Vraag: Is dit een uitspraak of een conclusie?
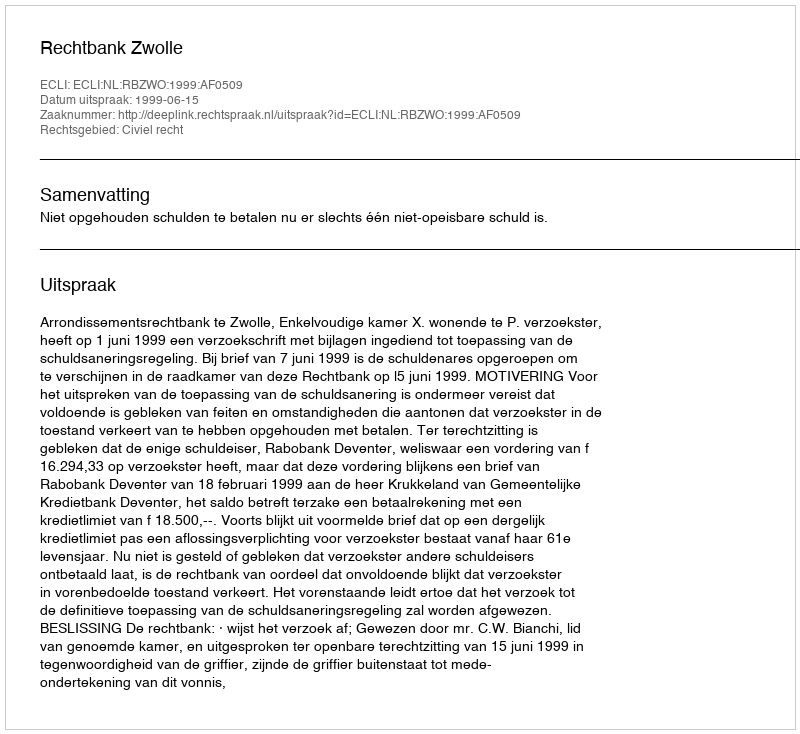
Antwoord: Uitspraak